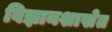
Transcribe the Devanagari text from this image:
विज्ञानशाखेत